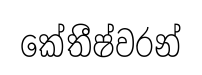
කේතීෂ්වරන්